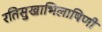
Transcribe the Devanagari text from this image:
रतिसुखाभिलाषिणी